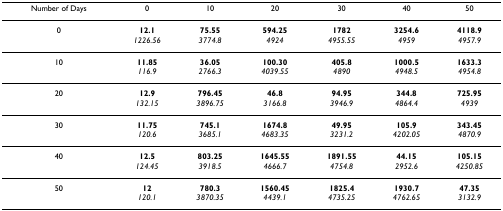
<table><thead><tr><td><b>Number of Days</b></td><td><b>0</b></td><td><b>10</b></td><td><b>20</b></td><td><b>30</b></td><td><b>40</b></td><td><b>50</b></td></tr></thead><tbody><tr><td>0</td><td><b>12.1</b><i>1226.56</i></td><td><b>75.55</b><i>3774.8</i></td><td><b>594.25</b><i>4924</i></td><td><b>1782</b><i>4955.55</i></td><td><b>3254.6</b><i>4959</i></td><td><b>4118.9</b><i>4957.9</i></td></tr><tr><td>10</td><td><b>11.85</b><i>116.9</i></td><td><b>36.05</b><i>2766.3</i></td><td><b>100.30</b><i>4039.55</i></td><td><b>405.8</b><i>4890</i></td><td><b>1000.5</b><i>4948.5</i></td><td><b>1633.3</b><i>4954.8</i></td></tr><tr><td>20</td><td><b>12.9</b><i>132.15</i></td><td><b>796.45</b><i>3896.75</i></td><td><b>46.8</b><i>3166.8</i></td><td><b>94.95</b><i>3946.9</i></td><td><b>344.8</b><i>4864.4</i></td><td><b>725.95</b><i>4939</i></td></tr><tr><td>30</td><td><b>11.75</b><i>120.6</i></td><td><b>745.1</b><i>3685.1</i></td><td><b>1674.8</b><i>4683.35</i></td><td><b>49.95</b><i>3231.2</i></td><td><b>105.9</b><i>4202.05</i></td><td><b>343.45</b><i>4870.9</i></td></tr><tr><td>40</td><td><b>12.5</b><i>124.45</i></td><td><b>803.25</b><i>3918.5</i></td><td><b>1645.55</b><i>4666.7</i></td><td><b>1891.55</b><i>4754.8</i></td><td><b>44.15</b><i>2952.6</i></td><td><b>105.15</b><i>4250.85</i></td></tr><tr><td>50</td><td><b>12</b><i>120.1</i></td><td><b>780.3</b><i>3870.35</i></td><td><b>1560.45</b><i>4439.1</i></td><td><b>1825.4</b><i>4735.25</i></td><td><b>1930.7</b><i>4762.65</i></td><td><b>47.35</b><i>3132.9</i></td></tr></tbody></table>